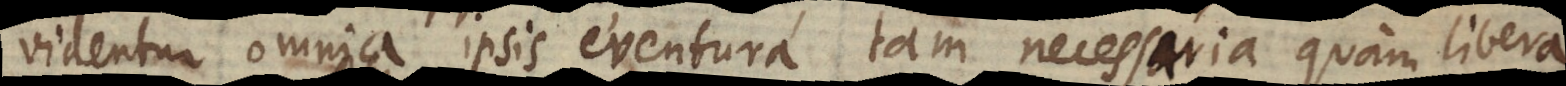
videntur omnia ipsis eventura tam necessaria quam liber